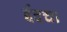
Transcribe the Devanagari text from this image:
ईदचा